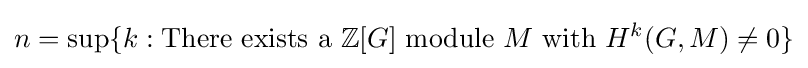
n=\sup\{k:{\text{There exists a }}\mathbb {Z} [G]{\text{ module }}M{\text{ with }}H^{k}(G,M)\neq 0\}